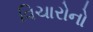
વિચારોનો